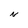
Character: N